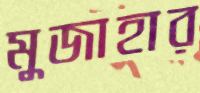
মুজাহার